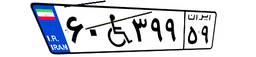
۶۰W۳۹۹۵۹